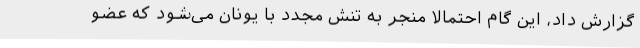
گزارش داد، این گام احتمالا منجر به تنش مجدد با یونان می‌شود که عضو